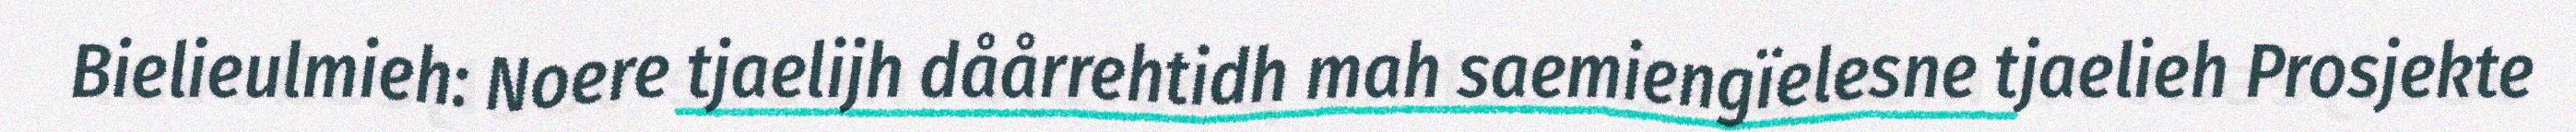
Bielieulmieh: Noere tjaelijh dåårrehtidh mah saemiengïelesne tjaelieh Prosjekte